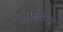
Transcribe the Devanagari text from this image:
अर्णवच